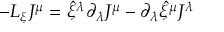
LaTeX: - { \cal L } _ { \xi } J ^ { \mu } = \hat { \xi } ^ { \lambda } \partial _ { \lambda } J ^ { \mu } - \partial _ { \lambda } \hat { \xi } ^ { \mu } J ^ { \lambda }